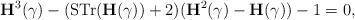
LaTeX: \begin{align*}{\bf H}^3(\gamma) -({\rm STr}({\bf H}(\gamma))+2)({\bf H}^2(\gamma)-{\bf H}(\gamma))-1 =0,\end{align*}